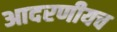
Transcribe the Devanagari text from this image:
आदरणीयच